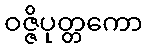
ဝဇ္ဇိပုတ္တကော